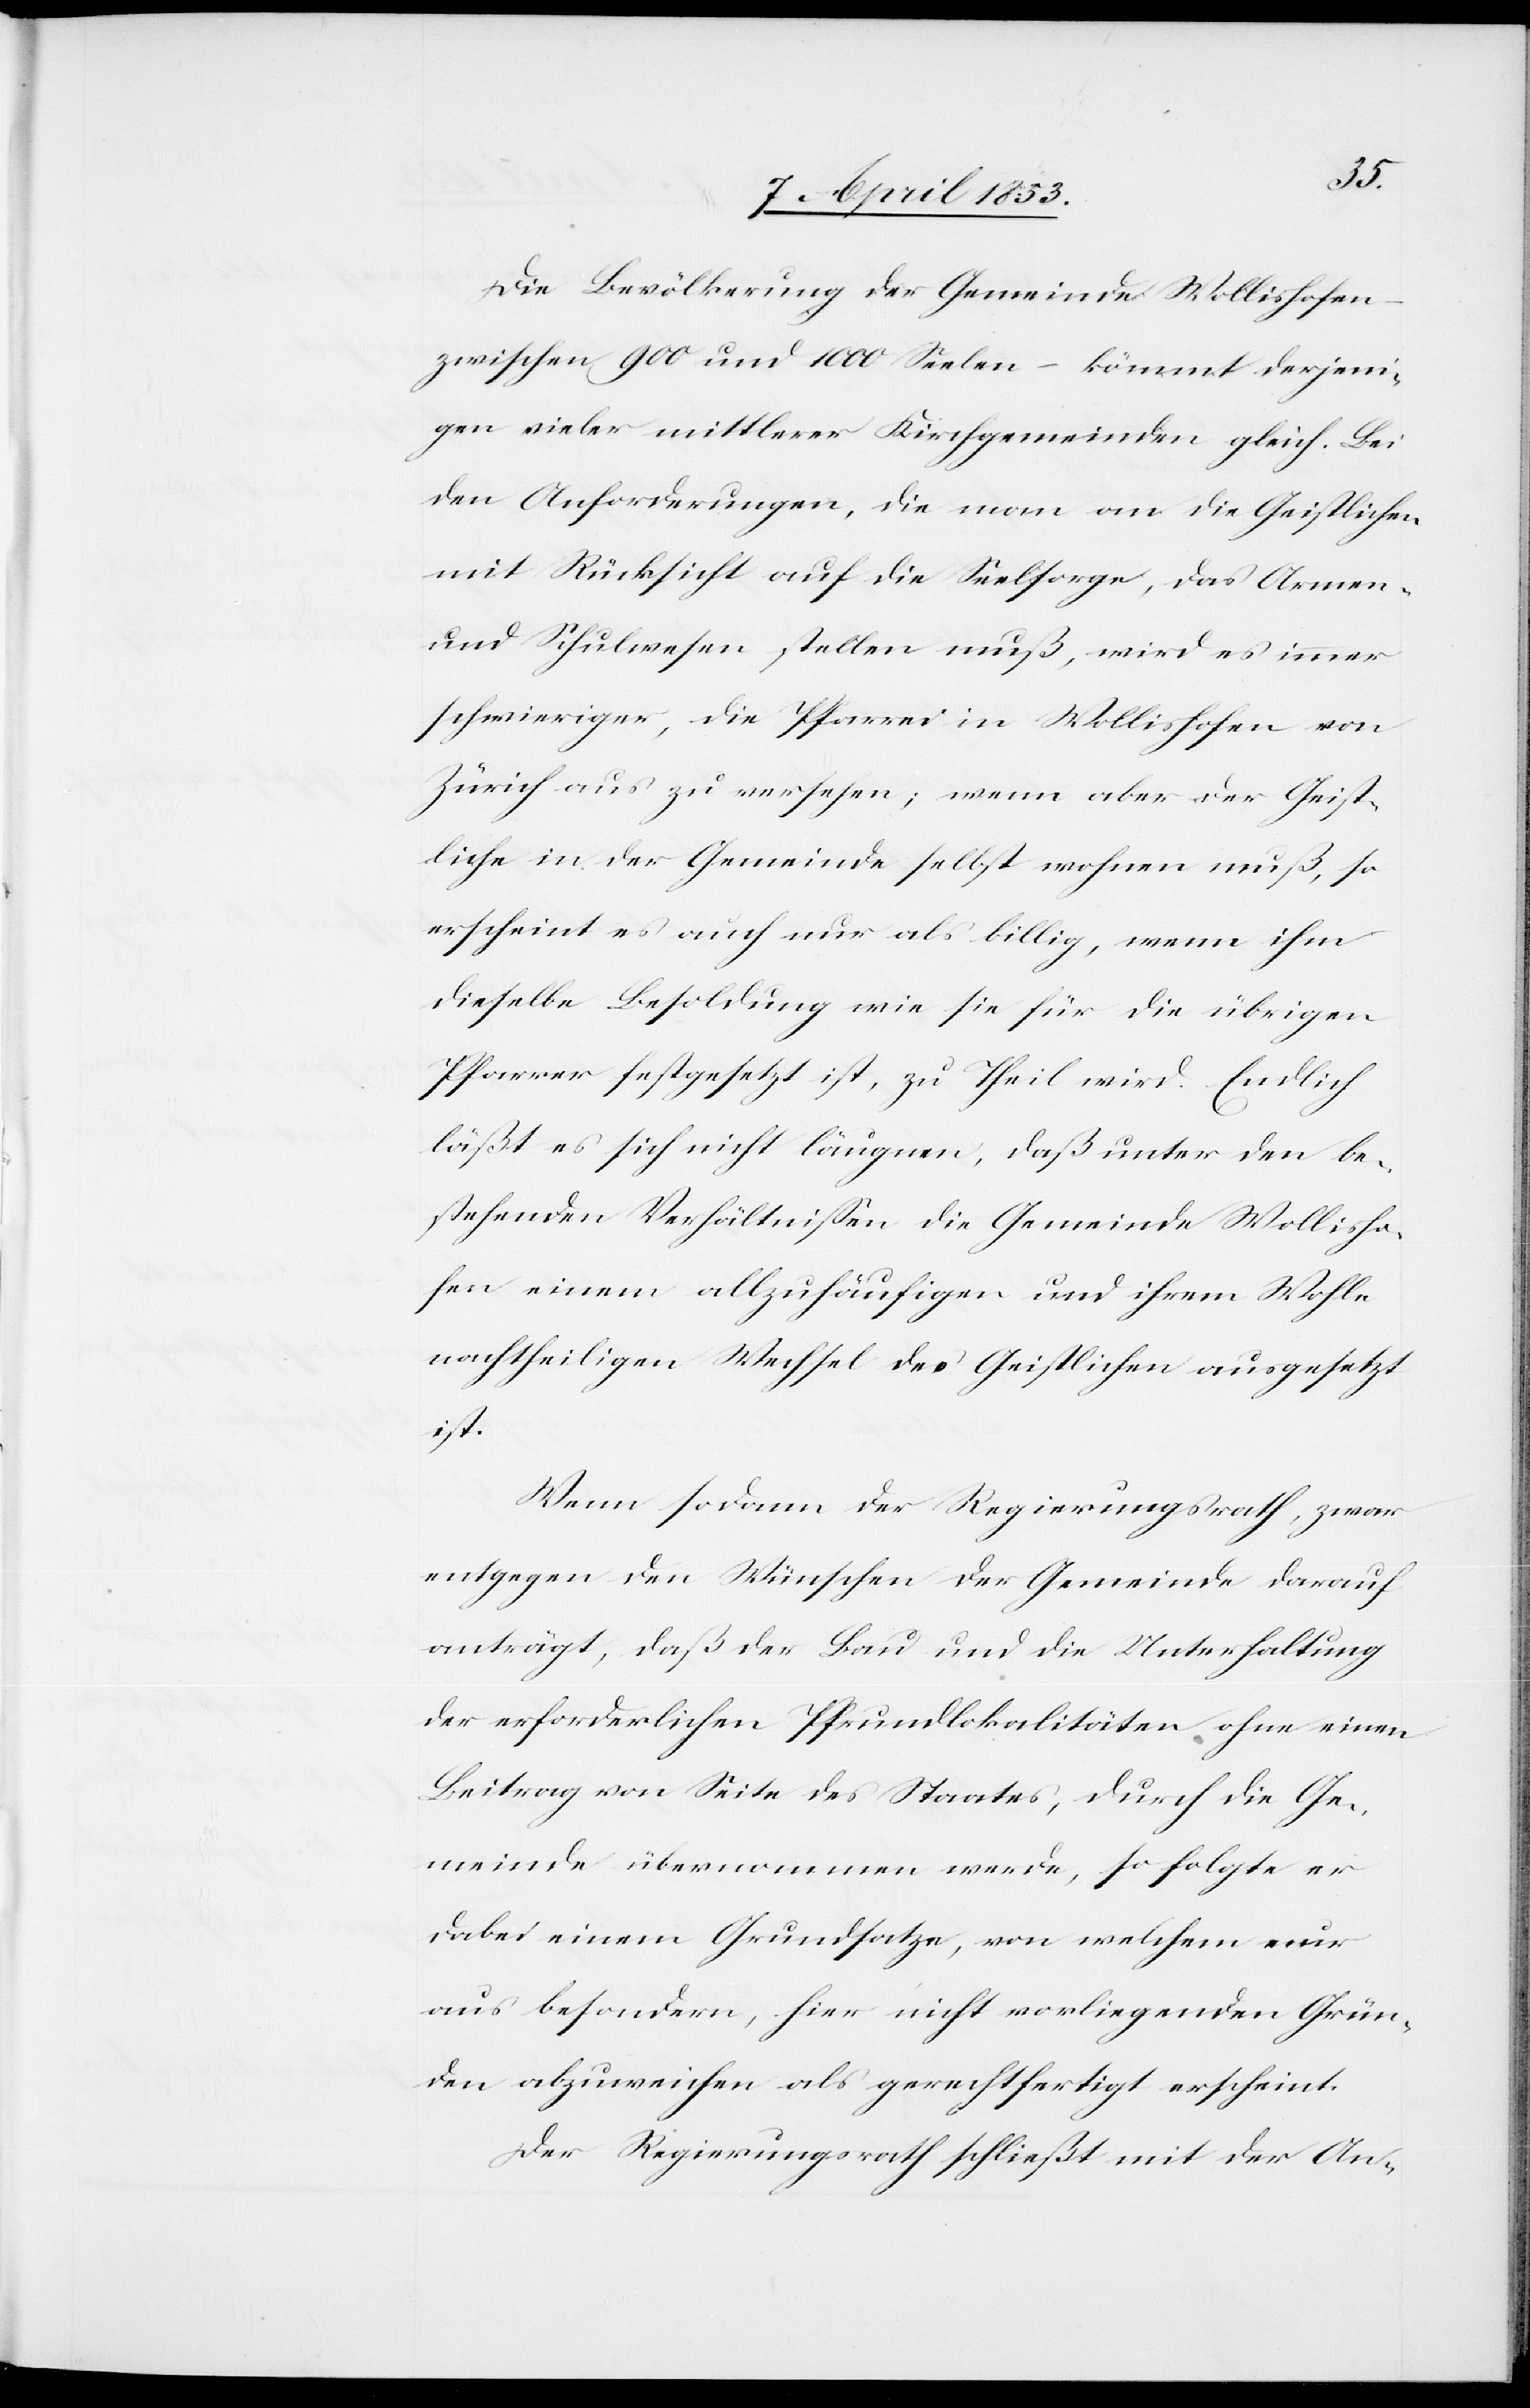
Die Bevölkerung der Gemeinde Wollishofen
zwischen 900 und 1000 Seelen – kömmt derjeni¬
gen vieler mittlerer Kirchgemeinden gleich. Bei
den Anforderungen, die man an die Geistlichen
mit Rücksicht auf die Seelsorge, das Armen-
und Schulwesen stellen muß, wird es immer
schwieriger, die Pfarrei in Wollishofen von
Zürich aus zu versehen; wenn aber der Geist¬
liche in der Gemeinde selbst wohnen muß, so
erscheint es auch nur als billig, wenn ihm
dieselbe Besoldung wie sie für die übrigen
Pfarrer festgesetzt ist, zu Theil wird. Endlich
läßt es sich nicht läugnen, daß unter den be¬
stehenden Verhältnißen die Gemeinde Wollisho¬
fen einem allzuhäufigen und ihrem Wohle
nachtheiligen Wechsel des Geistlichen ausgesetzt
ist.
Wenn sodann der Regierungsrath, zwar
entgegen den Wünschen der Gemeinde darauf
anträgt, daß der Bau und die Unterhaltung
der erforderlichen Pfrundlokalitäten ohne einen
Beitrag von Seite des Staates, durch die Ge¬
meinde übernommen werde, so folgte er
dabei einem Grundsatze, von welchem nur
aus besondern, hier nicht vorliegenden Grün¬
den abzuweichen als gerechtfertigt erscheint.
Der Regierungsrath schließt mit der An-